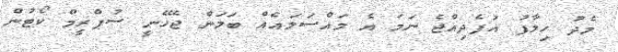
މެދު ހިލާފު އުފެދިއްޖެ ނަމަ އެ މައްސަލައެއް ބަލަން ޖެހޭނީ ސުޕްރީމް ކޯޓުން